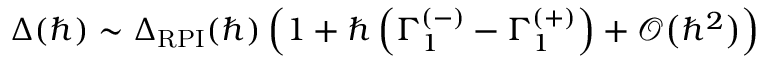
\Delta ( \hbar ) \sim \Delta _ { \mathrm { R P I } } ( \hbar ) \left( 1 + \hbar \left( \Gamma _ { 1 } ^ { ( - ) } - \Gamma _ { 1 } ^ { ( + ) } \right) + \mathcal { O } \big ( \hbar ^ { 2 } \big ) \right)